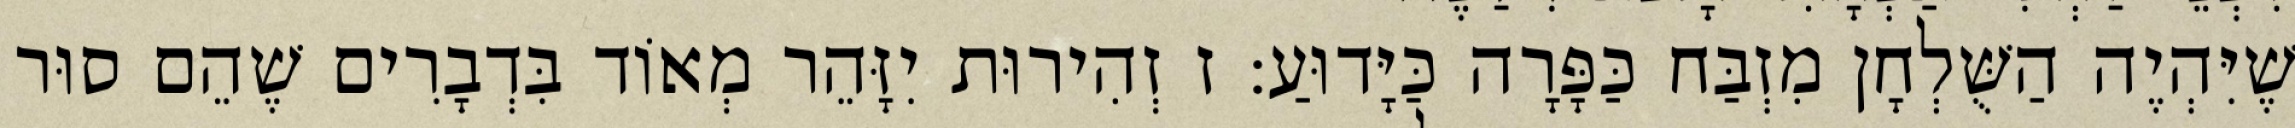
שֶׁיִּהְיֶה הַשֻּׁלְחָן מִזְבַּח כַּפָּרָה כַּיָּדוּעַ: ז זְהִירוּת יִזָּהֵר מְאוֹד בִּדְבָרִים שֶׁהֵם סוּר